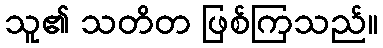
သူ၏ သတိတ ဖြစ်ကြသည်။